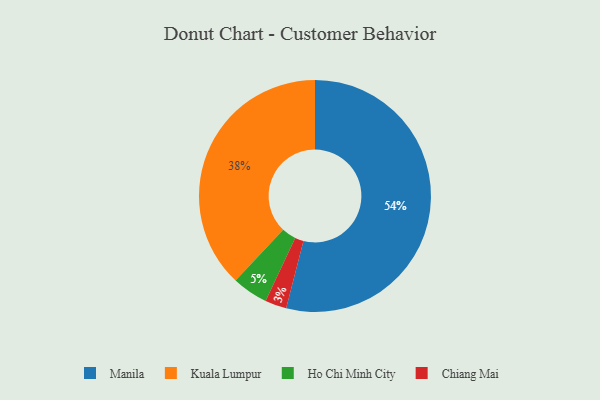
{"axis": {"x": "Category", "y": "Percentage"}, "legend": ["Chiang Mai", "Ho Chi Minh City", "Kuala Lumpur", "Manila"], "data": [{"x": "Manila", "y": 54, "type": "Manila"}, {"x": "Chiang Mai", "y": 3, "type": "Chiang Mai"}, {"x": "Kuala Lumpur", "y": 38, "type": "Kuala Lumpur"}, {"x": "Ho Chi Minh City", "y": 5, "type": "Ho Chi Minh City"}]}